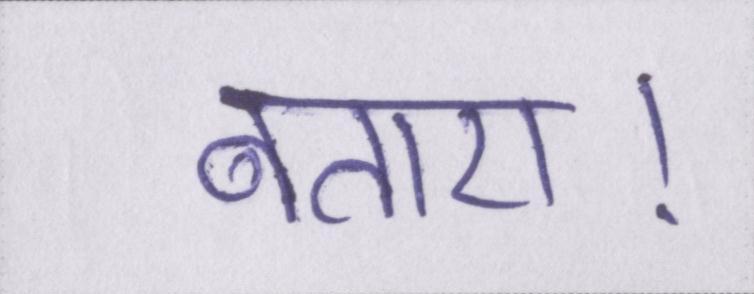
बताए।